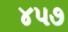
૪૫૭